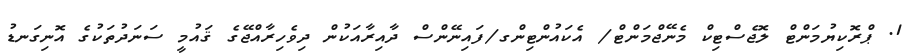
1. ޕްރޮކިޔުމަންޓް ލޮޖެސްޓިކް މެނޭޖްމަންޓް/ އެކައުންޓިންގ/ފައިނޭންސް ދާއިރާއަކުން ދިވެހިރާއްޖޭގެ ޤައުމީ ސަނަދުތަކުގެ އޮނިގަނޑު